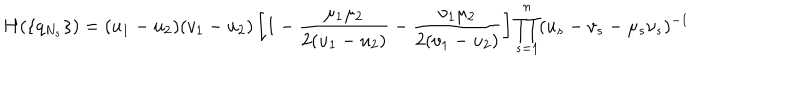
LaTeX: H ( \{ q _ { N _ { s } } \} ) = ( u _ { 1 } - u _ { 2 } ) ( v _ { 1 } - u _ { 2 } ) \left[ 1 - \frac { \mu _ { 1 } \mu _ { 2 } } { 2 ( u _ { 1 } - u _ { 2 } ) } - \frac { \nu _ { 1 } \mu _ { 2 } } { 2 ( v _ { 1 } - u _ { 2 } ) } \right] \prod _ { s = 1 } ^ { n } ( u _ { s } - v _ { s } - \mu _ { s } \nu _ { s } ) ^ { - 1 }